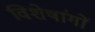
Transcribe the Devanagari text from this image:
विशेषांगों